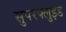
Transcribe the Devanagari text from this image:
सुपरफ्लुइड